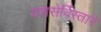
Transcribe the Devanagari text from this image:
यशसेर्विस्तारे